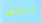
الباص